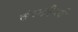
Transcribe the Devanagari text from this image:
तंरगदैर्घ्य